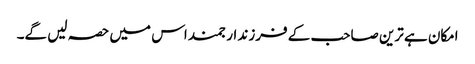
امکان ہے ترین صاحب کے فرزند ارجمند اس میں حصہ لیں گے۔